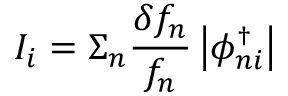
I _ { i } = \Sigma _ { n } \frac { \delta f _ { n } } { f _ { n } } \left| \ensuremath { \phi _ { n i } ^ { \scriptscriptstyle \dag } } \right|